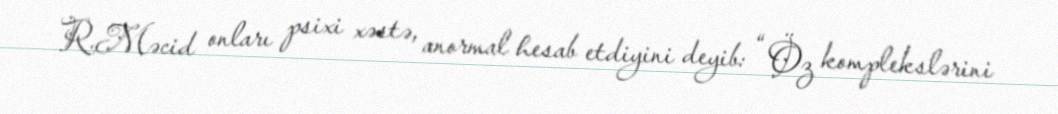
R.Məcid onları psixi xəstə, anormal hesab etdiyini deyib: “ Öz komplekslərini